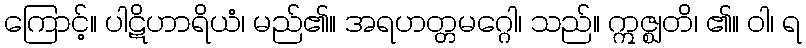
ကြောင့်။ ပါဋိဟာရိယံ၊ မည်၏။ အရဟတ္တမဂ္ဂေါ၊ သည်။ ဣဇ္ဈတိ၊ ၏။ ဝါ၊ ရ